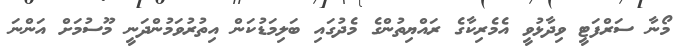
މޯނާ ސަރްފަޓީ ވިދާޅުވީ އެމެރިކާގެ ރައްޔިތުންގެ މެދުގައި ބަލިމަޑުކަން އިތުރުވަމުންދަނީ މޫސުމަށް އަންނަ